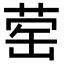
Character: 䓨